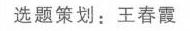
选题策划：王春霞